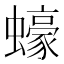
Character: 蠔